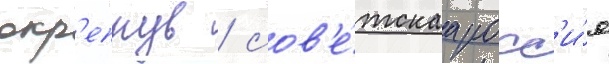
окр'епнув / сов'е́тскаа росс'и́я